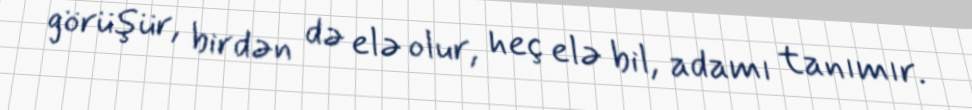
görüşür, birdən də elə olur, heç elə bil, adamı tanımır.